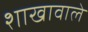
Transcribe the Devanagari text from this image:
शाखावाले